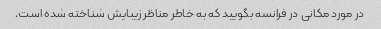
در مورد مکانی در فرانسه بگویید که به خاطر مناظر زیبایش شناخته شده است.